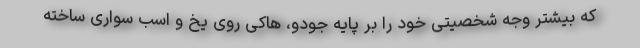
که بیشتر وجه شخصیتی خود را بر پایه جودو، هاکی روی یخ و اسب سواری ساخته